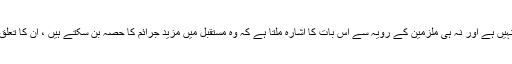
دفاعی وکیل نے عدالت کو بتایا کہ ان نوجوانوں کے رہا کیئے جانے سے سماج کو کوئی خطرہ نہیں ہے اور نہ ہی ملزمین کے رویہ سے اس بات کا اشارہ ملتا ہے کہ وہ مستقبل میں مزید جرائم کا حصہ بن سکتے ہیں ، ان کا تعلق سماج کے تعلیم یافتہ اور مہذب خاندانوں سے ہے لہذا انہیں کم سے کم سزائیں دی جانی چاہئے ۔